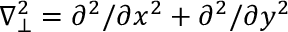
\nabla _ { \bot } ^ { 2 } = \partial ^ { 2 } / \partial x ^ { 2 } + \partial ^ { 2 } / \partial y ^ { 2 }